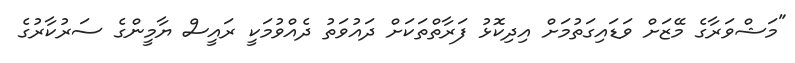
"މަޝްވަރާގެ މޭޒަށް ވަޑައިގަތުމަށް އިދިކޮޅު ފަރާތްތަކަށް ދައުވަތު ދެއްވުމަކީ ރައީސް ޔާމީންގެ ސަރުކާރުގެ